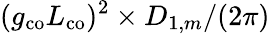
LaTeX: (g_{\mathrm{co}}L_{\mathrm{co}})^{2}\times D_{1,m}/(2\pi)